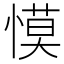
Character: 慔